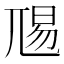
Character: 𭕏